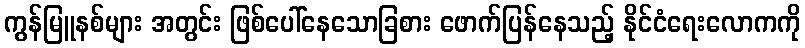
ကွန်မြူနစ်များ အတွင်း ဖြစ်ပေါ်နေသောခြစား ဖောက်ပြန်နေသည့် နိုင်ငံရေးလောကကို